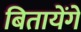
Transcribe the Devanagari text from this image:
बितायेंगे